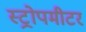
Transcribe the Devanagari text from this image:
स्ट्रोपमीटर